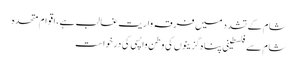
شام کے تشدد میں فرقہ واریت غالب ہے، اقوام متحدہ
شام سےفلسطینی پناہ گزینوں کی وطن واپسی کی درخواست